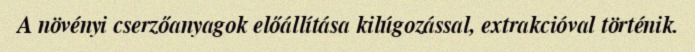
A növényi cserzőanyagok előállítása kilúgozással, extrakcióval történik.